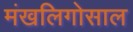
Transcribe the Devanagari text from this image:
मंखलिगोसाल